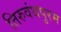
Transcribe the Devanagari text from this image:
तिरुवंथपुरम